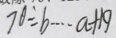
7 0 \div b \cdots a + 1 9